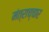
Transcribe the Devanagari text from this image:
मंत्राच्चार